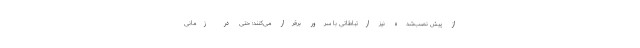
از پیش ‌نصب‌شده نیز ارتباطاتی با سرور برقرار می‌کنند؛ حتی در زمانی‌